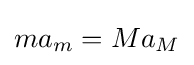
ma_{m}=Ma_{M}